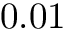
0 . 0 1